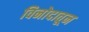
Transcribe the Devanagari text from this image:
विनोदातून